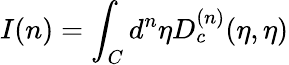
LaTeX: I(n)=\int_{C}{d^{n}}{\eta}D_{c}^{(n)}(\eta,{\eta})